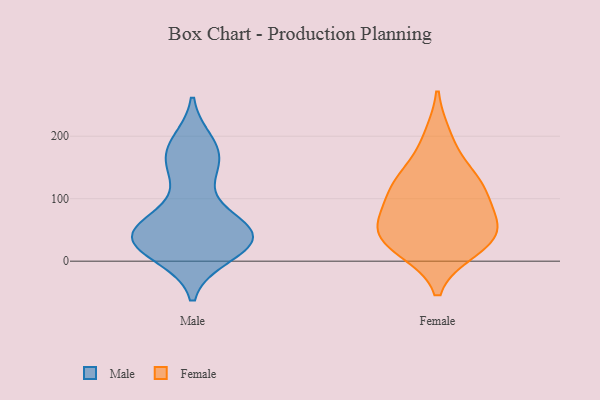
{"axis": {"x": "Revenue (USD Million)", "y": "Value"}, "legend": ["Female", "Male"], "data": [{"x": "", "y": 188, "type": "Male"}, {"x": "", "y": 151, "type": "Male"}, {"x": "", "y": 179, "type": "Male"}, {"x": "", "y": 52, "type": "Male"}, {"x": "", "y": 47, "type": "Male"}, {"x": "", "y": 12, "type": "Male"}, {"x": "", "y": 29, "type": "Male"}, {"x": "", "y": 176, "type": "Male"}, {"x": "", "y": 49, "type": "Male"}, {"x": "", "y": 27, "type": "Male"}, {"x": "", "y": 45, "type": "Male"}, {"x": "", "y": 32, "type": "Male"}, {"x": "", "y": 69, "type": "Male"}, {"x": "", "y": 11, "type": "Male"}, {"x": "", "y": 128, "type": "Male"}, {"x": "", "y": 164, "type": "Male"}, {"x": "", "y": 48, "type": "Male"}, {"x": "", "y": 36, "type": "Male"}, {"x": "", "y": 39, "type": "Male"}, {"x": "", "y": 53, "type": "Female"}, {"x": "", "y": 105, "type": "Female"}, {"x": "", "y": 56, "type": "Female"}, {"x": "", "y": 142, "type": "Female"}, {"x": "", "y": 63, "type": "Female"}, {"x": "", "y": 19, "type": "Female"}, {"x": "", "y": 39, "type": "Female"}, {"x": "", "y": 123, "type": "Female"}, {"x": "", "y": 23, "type": "Female"}, {"x": "", "y": 198, "type": "Female"}, {"x": "", "y": 114, "type": "Female"}]}